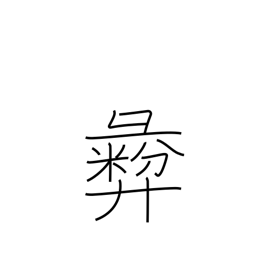
Meaning: moral principle